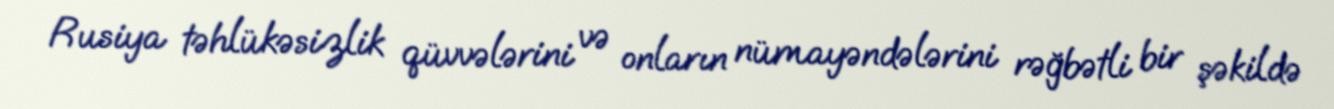
Rusiya təhlükəsizlik qüvvələrini və onların nümayəndələrini rəğbətli bir şəkildə